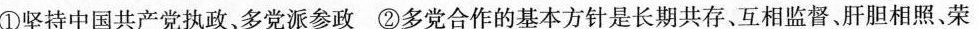
①坚持中国共产党执政、多党派参政②多党合作的基本方针是长期共存、互相监督、肝胆相照荣